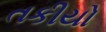
તકીયો